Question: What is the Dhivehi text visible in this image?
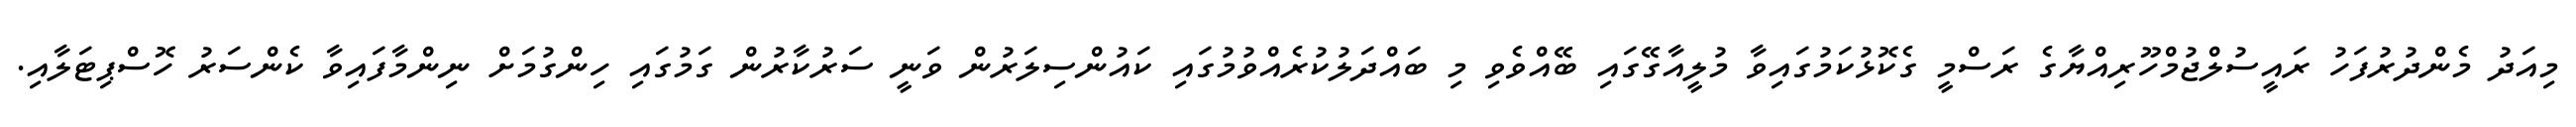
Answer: މިއަދު މެންދުރުފަހު ރައީސުލްޖުމްހޫރިއްޔާގެ ރަސްމީ ގެކޮޅުކަމުގައިވާ މުލީއާގޭގައި ބޭއްވެވި މި ބައްދަލުކުރެއްވުމުގައި ކައުންސިލަރުން ވަނީ ސަރުކާރުން ގަމުގައި ހިންގުމަށް ނިންމާފައިވާ ކެންސަރު ހޮސްޕިޓަލާއި.